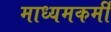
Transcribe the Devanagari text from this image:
माध्यमकर्मी